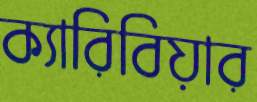
ক্যারিবিয়ার